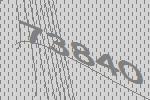
73840